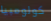
كولومبيا